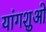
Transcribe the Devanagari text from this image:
यांगशुओ